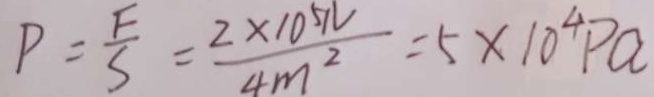
P = \frac { F } { S } = \frac { 2 \times 1 0 ^ { 5 } N } { 4 m ^ { 2 } } = 5 \times 1 0 ^ { 4 } P a